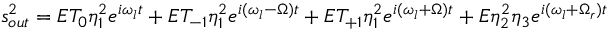
s _ { o u t } ^ { 2 } = E T _ { 0 } \eta _ { 1 } ^ { 2 } e ^ { i \omega _ { l } t } + E T _ { - 1 } \eta _ { 1 } ^ { 2 } e ^ { i ( \omega _ { l } - \Omega ) t } + E T _ { + 1 } \eta _ { 1 } ^ { 2 } e ^ { i ( \omega _ { l } + \Omega ) t } + E \eta _ { 2 } ^ { 2 } \eta _ { 3 } e ^ { i ( \omega _ { l } + \Omega _ { r } ) t }